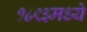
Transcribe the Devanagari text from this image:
१८९३मध्ये